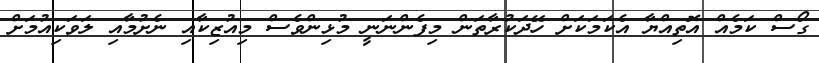
ގޯސް ކަމެއް އޮތިއްޔާ އެކަމަކަށް ހޭދަކުރާތަން މިފެންނަނީ މުޅިންވެސް މިއުޒިކާއި ނެށުމާއި ލަވަކިއުމަށް